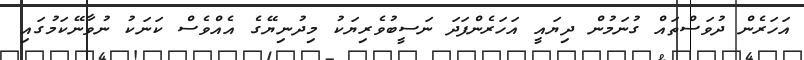
އަހަރެން ދުވަސްތައް ގުނަމުން ދިޔައީ އަހަރެންފަދަ ނަސީބުވެރިޔަކު މިދުނިޔޭގެ އެއްވެސް ކަނަކު ނުވާނޭކަމުގައި